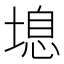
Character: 𰊔